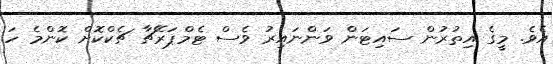
އެވެ. މީގެ އިތުރުން ސައިޓަން ވަންނައިރު ވެސް ޓެމްޕަރޭޗާ ޗެކްކޮށް ކޮންމެ ހަ